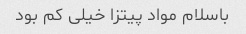
باسلام مواد پیتزا خیلی کم بود